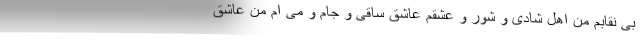
بی نقابم من اهل شادی و شور و عشقم عاشقِ ساقی و جام و مِی ام من عاشق